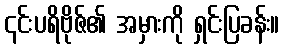
၎င်းပရိဗိုဇ်၏ အမှားကို ရှင်းပြခန်း။